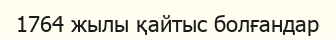
1764 жылы қайтыс болғандар